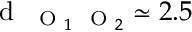
\textrm { d } _ { \mathrm { ~ \scriptsize ~ O ~ } _ { 1 } \mathrm { ~ \scriptsize ~ O ~ } _ { 2 } } \simeq 2 . 5